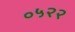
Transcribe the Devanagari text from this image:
०५२२